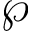
\wp